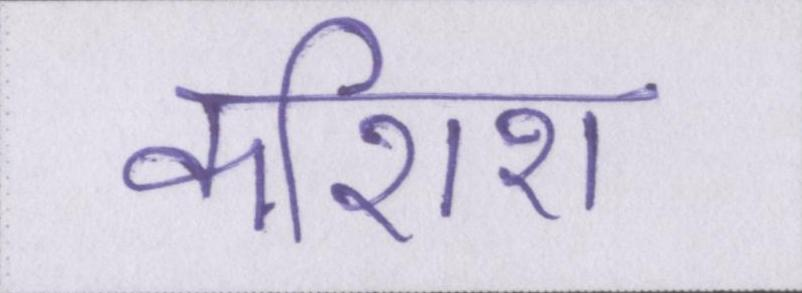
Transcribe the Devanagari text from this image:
कशिश